Indian journal of veterinary science and animal husbandry - Volumes 18-21, 1948-1951
Year: 1948
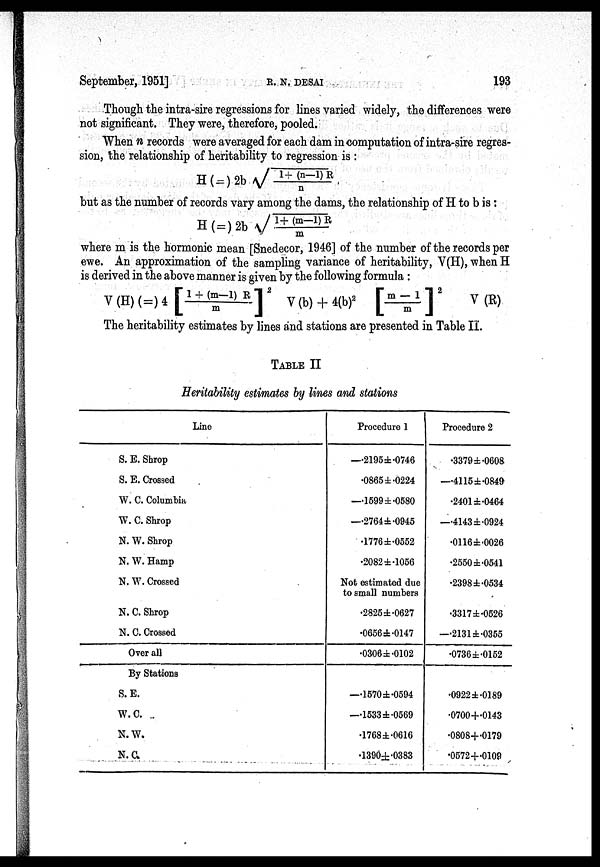
September, 1951]
R.
N.
DESAI
193
Though the intra-sire regressions for lines varied widely, the differences were
not significant. They were, therefore, pooled.
When n records were averaged for each dam in computation of intra-sire regres
sion, the relationship of heritability to regression is :
H (=) 2b √1+(n—1)R
n
but as the number of records vary among the dams, the relationship of H to b is:
H(=)2b√1+(m—1)R
m
where m is the hormonic mean [Snedecor, 1946] of the number of the records per
ewe. An approximation of the sampling variance of heritability, V(H), when H
is derived in the above manner is given by the following formula :
V (H) (=) 4 [1+ (m—1)R/m] 2 V(b) + 4(b) 2 [m-1/m] 2 V (R)
The heritability estimates by lines and stations are presented in Table II.
TABLE II
Heritability estimates by lines and stations
Line
S. E. Shrop
S. E. Crossed
W. C. Columbia
W. C. Shrop
N. W. Shrop
N. W. Hamp
N. W. Crossed
N. C. Shrop
N. C. Crossed
Over all
By Stations
S. E.
W.C.
N. W.
N.C.
Procedure 1
—.2195±.0746
.0865±.0224
—.1599±.0580
—.2764±.0945
.1776±.0552
.2082±.1056
Not estimated due
to small numbers
.2825±.0627
.0656±.0147
.0306±.0102
—.1570±.0594
—.1533±.0569
.1768±.0616
.1390±.0383
Procedure 2
.3379±.0608
—.4115±.0849
.2401±.0464
—.4143±.0924
.0116±.0026
.2550±.0541
.2398±.0534
.3317±.0526
—.2131±.0355
.0736±.0152
.0922±.0189
.0700+.0143
.0808+.0179
.0572+.0109